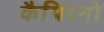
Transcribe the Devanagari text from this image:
कैपिटनो